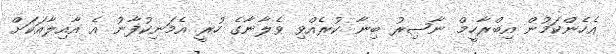
އެހެންކަމުން އިބްރާހީމް ނާޞިރު ބިނާ ކުރެއްވި ވެލާނާގެ ހުރީ އެމަނިކުފާނު އެ އާއިލާއަކަށް